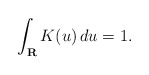
\begin{align*}\int_{{\bf R}}K(u)\,du=1. \end{align*}